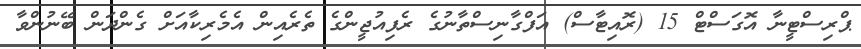
ޕްރިސްޓީނާ އޮގަސްޓް 15 (ރޮއިޓާސް) އަފްގާނިސްތާނުގެ ރެފިއުޖީންގެ ތެރެއިން އެމެރިކާއަށް ގެންދަން ބޭނުންވާ